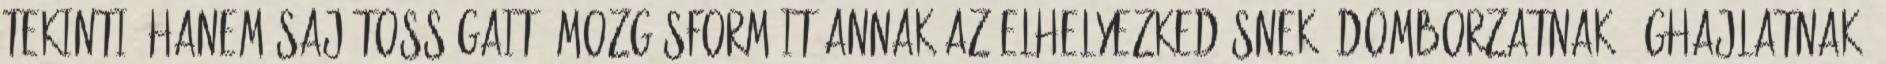
tekinti, hanem sajátosságait, mozgásformáit annak az elhelyezkedésnek, domborzatnak, éghajlatnak,